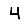
Digit: 4